Civil Veterinary Dept. North-West Frontier Province 1933-46 - 1933-1946
Year: 1933
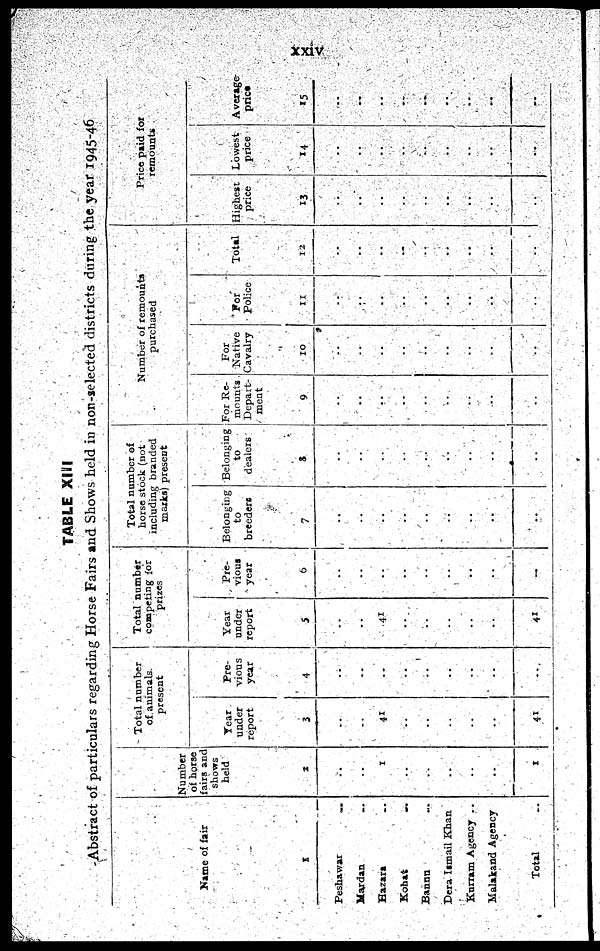
xxiv
TABLE XIII
Abstract of particulars regarding Horse Fairs and Shows held in non-selected districts during the year 1945-46
Name of fair
1
Peshawar ..
Mardan ..
Hazara ..
Kohat
..
Banna ..
Dera Ismail Khan
Kurram Agency ..
Malakand Agency
Total ..
Number
of horse
fairs and
shows
held
2
..
..
1
..
..
..
..
..
1
Total number
of. animals.
present
Year
under
report
3
..
..
41
..
..
..
..
..
41
Pre-
vious
year
4
..
..
..
..
..
..
..
..
..
Total number
competing for
prizes
Year
under
report
5
..
..
41
..
..
..
..
..
41
Pre-
vious
year
6
..
..
..
..
..
..
..
..
..
Total number of
horse stock (not
including branded
marks) present
Belonging
to
breeders
7
..
..
..
..
..
..
..
..
..
Belonging
to
dealers
8
..
..
..
..
..
..
..
..
..
Number of remounts
purchased
For Re-
mounts
Depart-
ment
9
..
..
..
..
..
..
..
..
..
For
Native
Cavalry
10
..
..
..
..
..
..
..
..
..
For
Police
11
..
..
..
..
..
..
..
..
..
Total
12
..
..
..
..
..
..
..
..
..
Price paid for
remounts
Highest
price
13
..
..
..
..
..
..
..
..
..
Lowest
price
14
..
..
..
..
..
..
..
..
..
Average
price
15
..
..
..
..
..
..
..
..
..